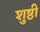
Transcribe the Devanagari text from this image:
शुष्ठी